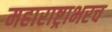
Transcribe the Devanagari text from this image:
महाराष्ट्राभरच